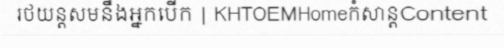
រថយន្តសមនឹងអ្នកបើក | KHTOEMHomeកំសាន្តContent